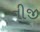
નીજી